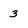
Character: 3